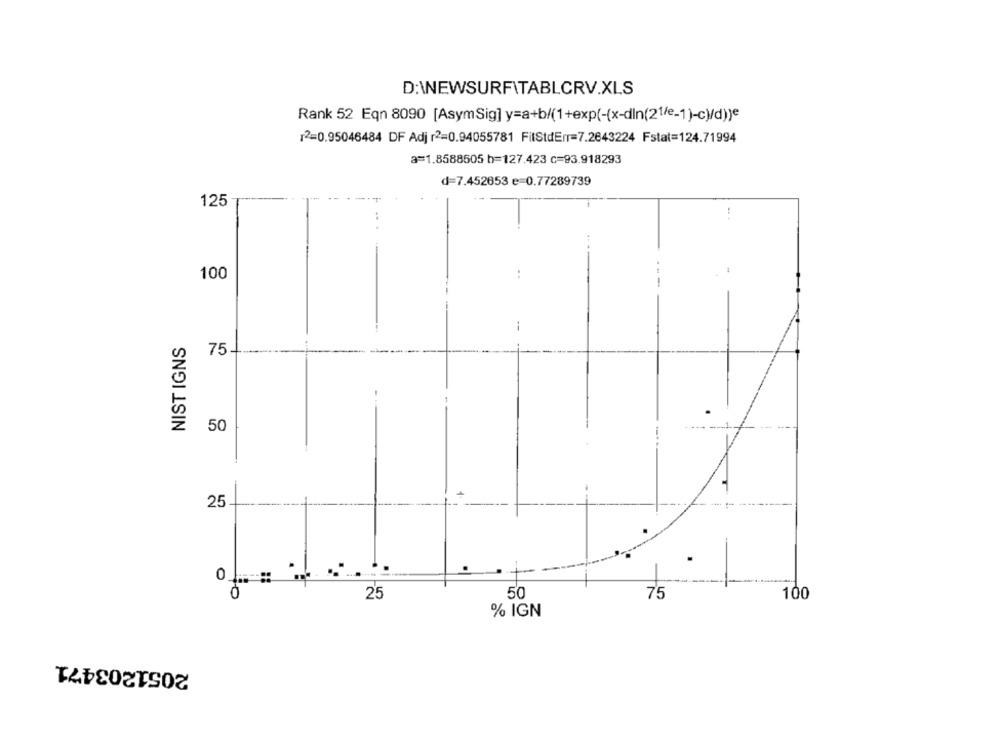
D:\NEWSURFITABLCRV.XLS
Rank 52 Eqn 8090 [AsymSig] y=a+b/(1+exp(-(x-dln(21/e-1)-c)/d))e
12=0.95046484 DF Adj r2=0.94055781 FilStdEr=7.2643224 Fstal=124.71994
a=1.8588605 b=127.423 c=93.918293
d=7.452653 e=0.77289739
125
100
NIST IGNS
75-
50
25
0
50
25
75
100
% IGN
2051203471